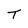
Character: T